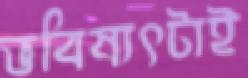
ভবিষ্যৎটাই